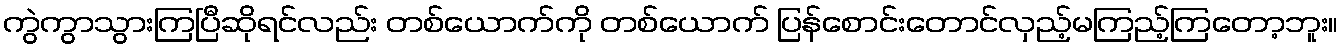
ကွဲကွာသွားကြပြီဆိုရင်လည်း တစ်ယောက်ကို တစ်ယောက် ပြန်စောင်းတောင်လှည့်မကြည့်ကြတော့ဘူး။